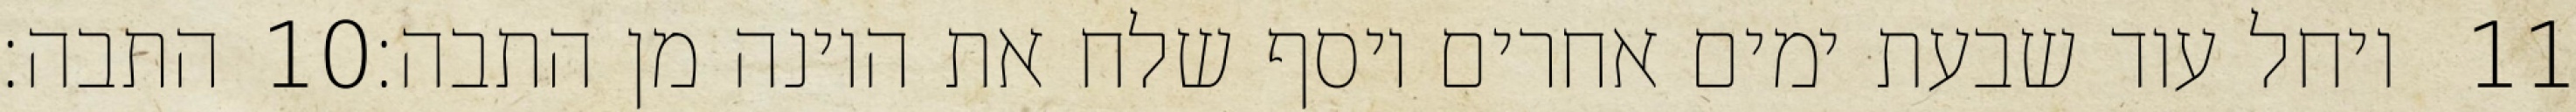
התבה׃ ‎10‏ ויחל עוד שבעת ימים אחרים ויסף שלח את היונה מן התבה׃ ‎11‏